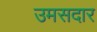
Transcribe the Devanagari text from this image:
उमसदार